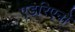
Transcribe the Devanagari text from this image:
एडरिएनो